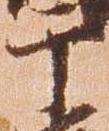
于